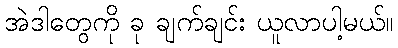
အဲဒါတွေကို ခု ချက်ချင်း ယူလာပါ့မယ်။